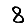
Digit: 8